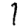
Digit: 1